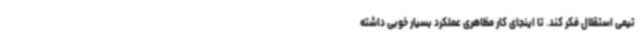
تیمی استقلال فکر کند. تا اینجای کار مظاهری عملکرد بسیار خوبی داشته